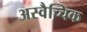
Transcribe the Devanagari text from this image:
अस्वैच्चिक